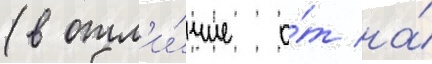
(в отл'и́чие о́т на́